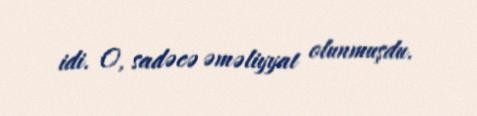
idi. O, sadəcə əməliyyat olunmuşdu.